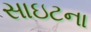
સાઇટના